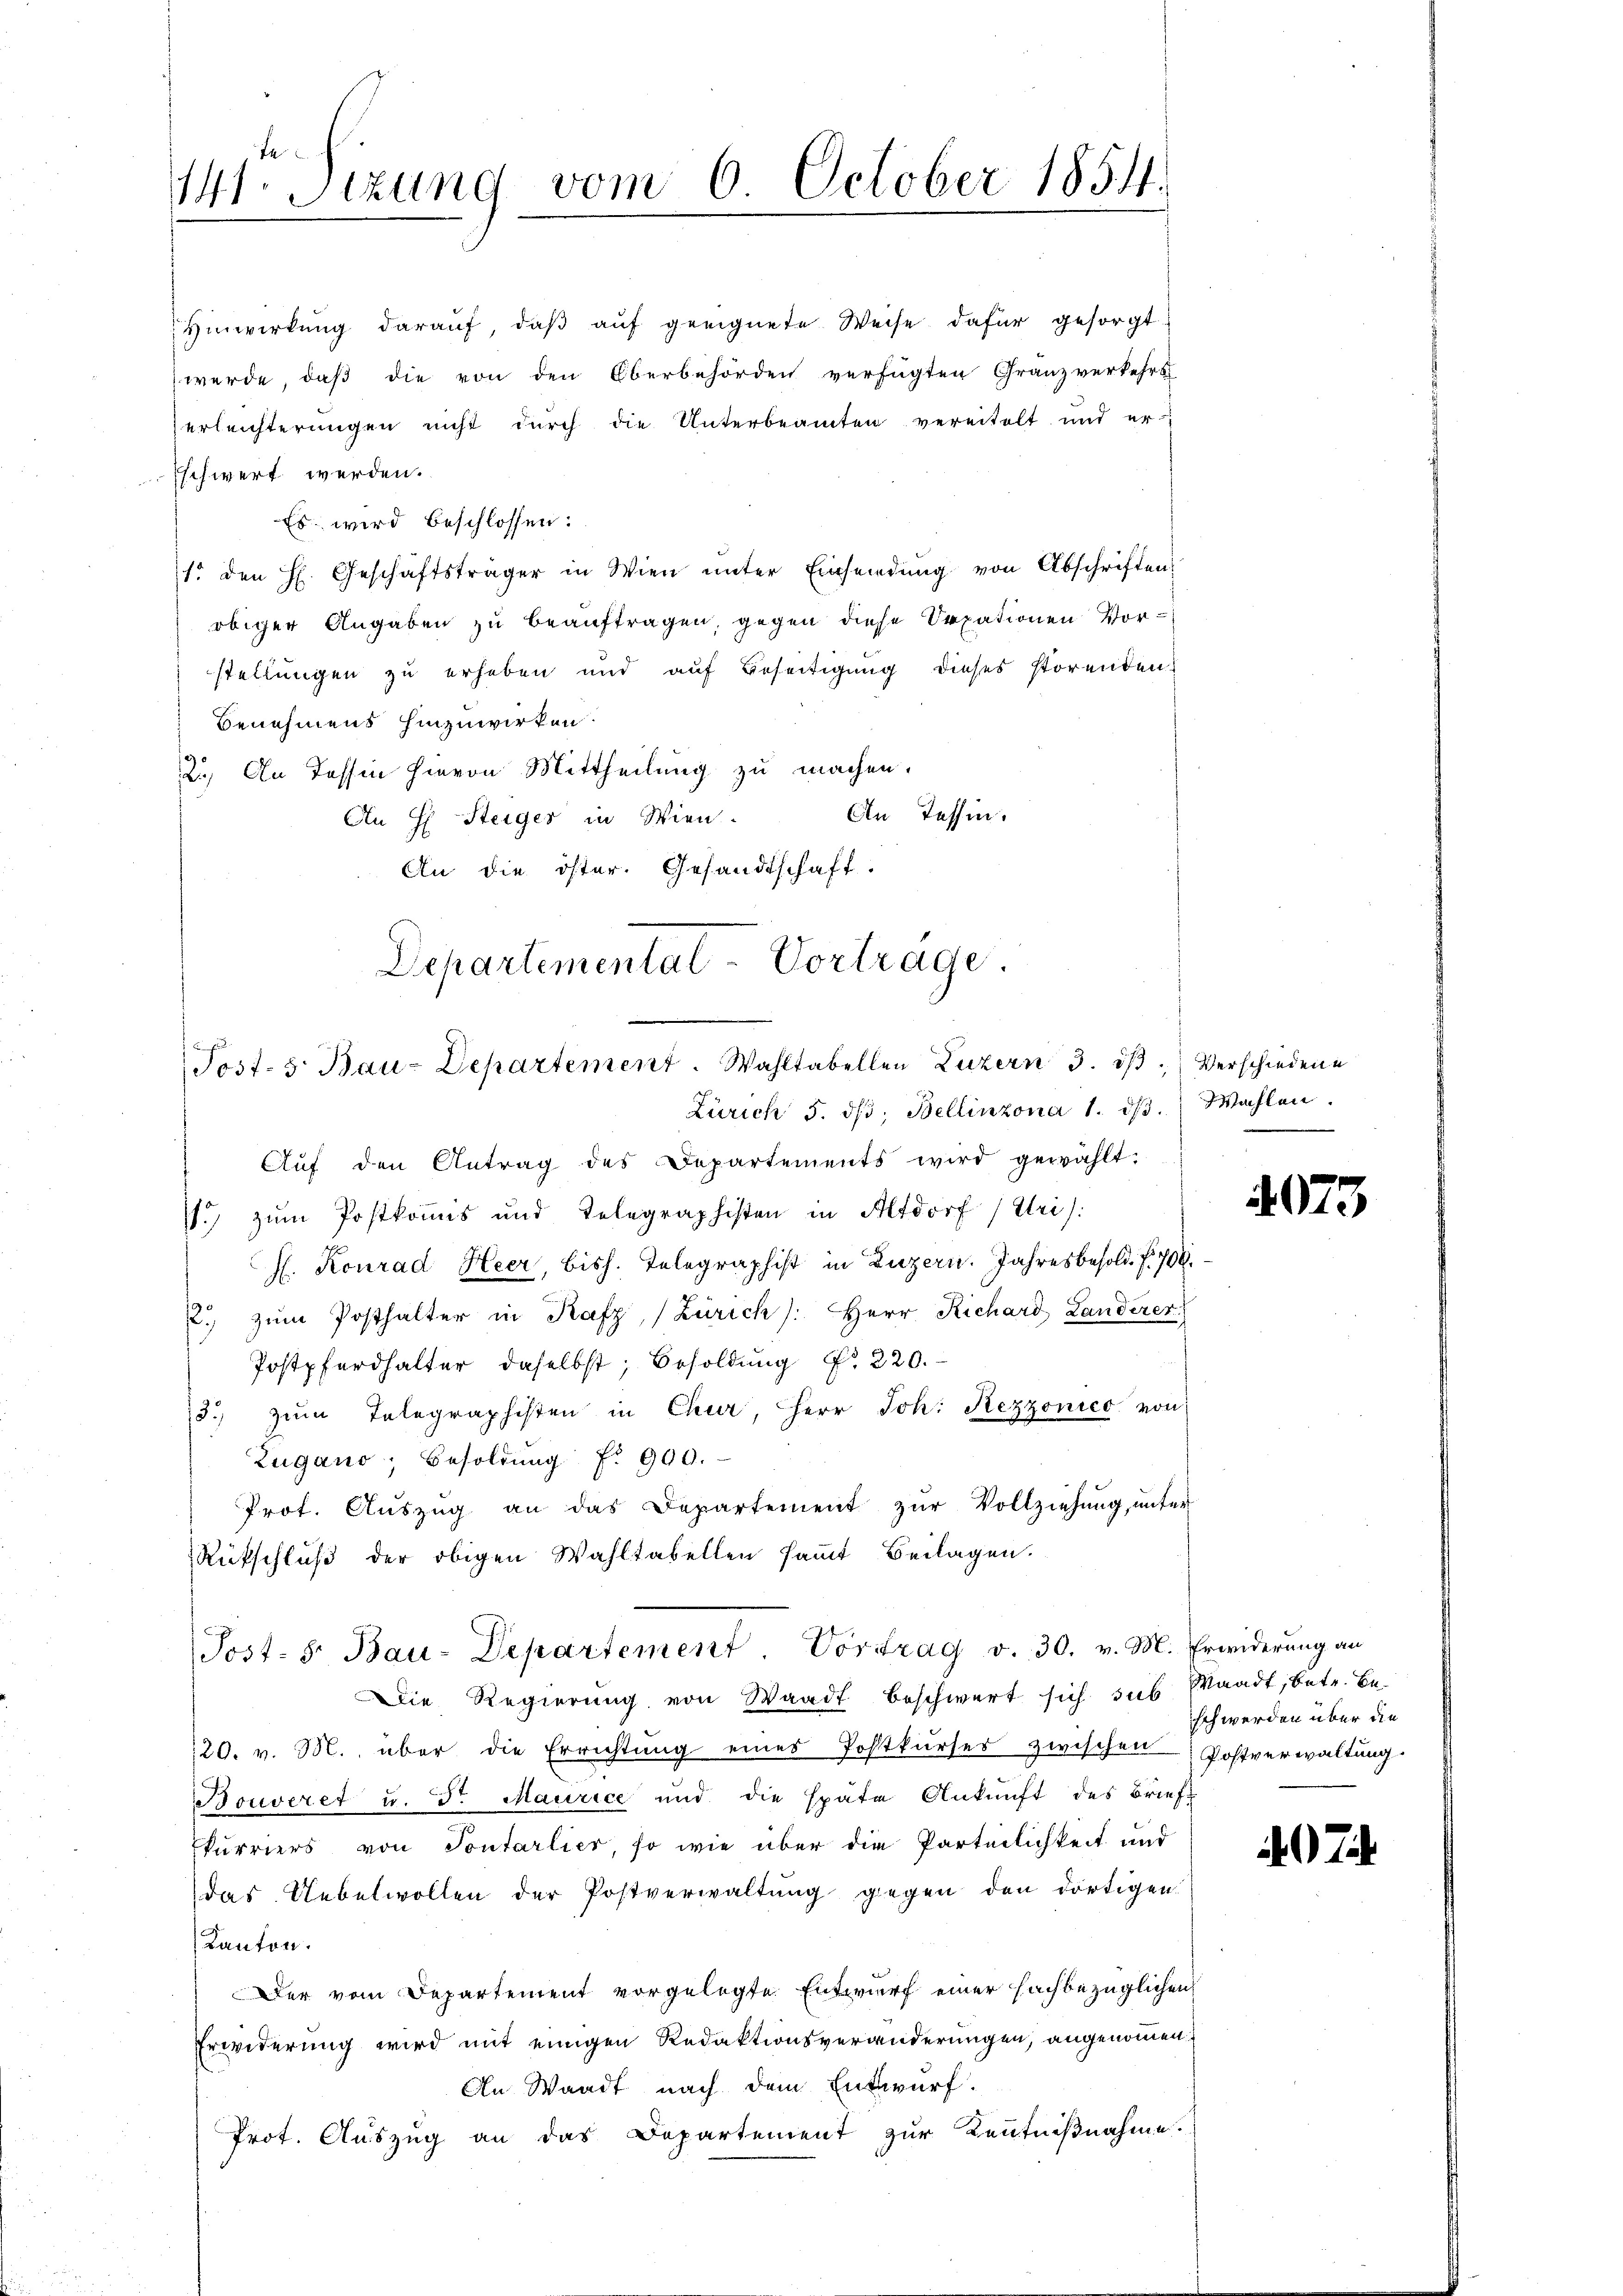
te
141. Sitzung vom 6 October 1854.

Hinwirkŭng daraŭf, daβ aŭf geeignete Weise dafür gesorgt
werde, daß die von den Oberbehörden verfügten Granzverkehrs
erleichterungen nicht durch die Unterbeamten vereitelt und er-
schwert werden.
Es wird beschlossen:
1. den H. Geschäftsträger in Wien ŭnter Einsendŭng von Abschriften
obiger Angaben zu beauftragen, gegen diese Sepationen Vorstellungen zu erheben und auf Beseitigung dieses störenden.
Benehmens hinzuwirken.
2.) An Tessin hievon Mittheilung zu machen.
An Tessin.
An H Steiger in Wien.
An die öster. Gesandtschaft.
Departementat-Vortrage

Post- 5. Bau-Departement. Wahltabellen Luzern 3. ist. Verschiedene
Zürich 5. dβ, Bellinzona 1. dβ. Wahlen.

Post- 5. Bau-Departement Vortrag v. 30. v. M. Erwiderung an

Aŭf den Antrag des Departements wird gewählt:
1) zum Postkommis und Telegraphisten in Altdorf (Uri)
H. Konrad Heer, bish. Telegraphist in Luzern. Jahresbesold. f. 708.
p. zŭm Posthalter in Rafz, (Zürich /: Herr Richard Landerer
Postpferdhalter daselbst; Besoldung d. 220.
75. zŭm Telegraphisten in Chur, Herr Joh. Rezzonico von
Zugano, Besoldung fr. 900.
Prot. Aŭszŭg an das Departement zŭr Vollziehŭng ŭnter
Rufschluß der obigen Wahltabellen sammt Beilagen.
Die Regierung von Waadt beschwert sich sus Waadt, betr. Be¬
120. v. M. über die Errichtŭng eines Postkŭrses zwischen Postverwaltŭng
Bouveret u. St. Maurice und die späte Ankunft des Briefkurriers von Tontarlier, so wie über die Parteilichkeit und
das Uebelwollen der Postverwaltung gegen den dortigen
Kanton.
Der vom Departement vorgelegte Entwurf einer fachbezüglichen
Erwiderung wird mit einigen Redaktionsveränderungen, angenommen
An Waadt nach dem Entwurf.
Prot. Auszug an das Departement zur Kenntnißnahme.

4073

schwerden über die

07.